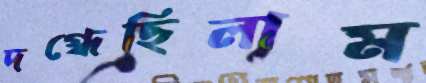
দগ্ধেছিলাম